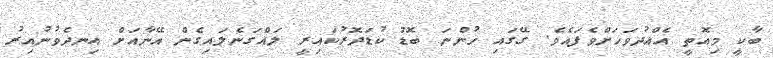
ބާކީ މިއޮތީ އެއްދުވަހަށްވެފައެވެ. ގޭގައި ހުންނަ ބޮޑު ކުޑަދޮރުކައިރީ ލައްގަނެލައިގެން އޭނާއަށް އިނދެވުނުއިރު